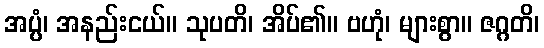
အပ္ပံ၊ အနည်းငယ်။ သုပတိ၊ အိပ်၏။ ဗဟုံ၊ များစွာ။ ဇဂ္ဂတိ၊